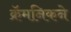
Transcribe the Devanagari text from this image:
क्रॅमनिकने